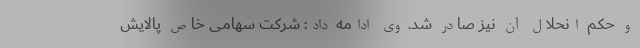
و حکم انحلال آن نیز صادر شد. وی ادامه داد: شرکت سهامی خاص پالایش